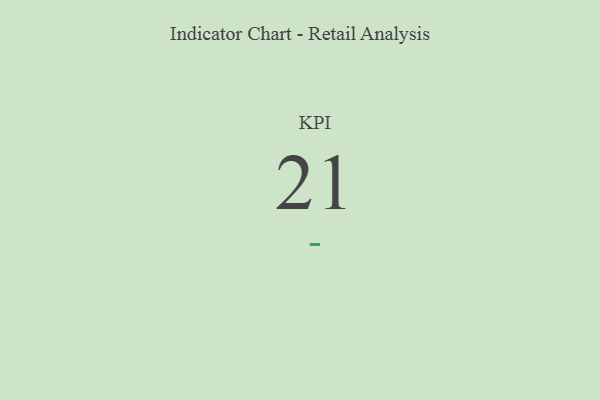
{"axis": {"x": "KPI", "y": "Value"}, "legend": [""], "data": [{"x": "KPI", "y": 21, "type": ""}]}